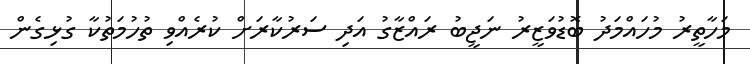
މަހާތީރު މުހައްމަދު ބޮޑުވަޒީރު ނަޖީބު ރައްޒާގު އަދި ސަރުކާރަށް ކުރެއްވި ތުހުމަތުކާ ގުޅިގެން